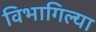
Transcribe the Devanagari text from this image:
विभागिल्या